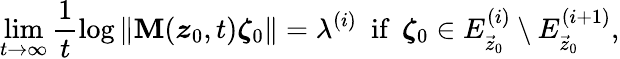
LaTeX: \operatorname*{lim}_{t\rightarrow\infty}\frac{1}{t}\log\Vert\mathbf{M}(\boldsymbol{z}_{0},t)\boldsymbol{\zeta}_{0}\Vert=\lambda^{(i)}\enspace\textrm{if}\enspace\boldsymbol{\zeta}_{0}\in E_{\vec{z}_{0}}^{(i)}\setminus E_{\vec{z}_{0}}^{(i+1)},